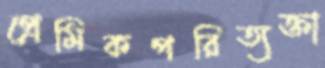
প্রেমিকপরিত্যক্তা